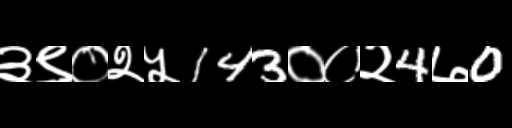
Text: ३९०२५143००२4७0